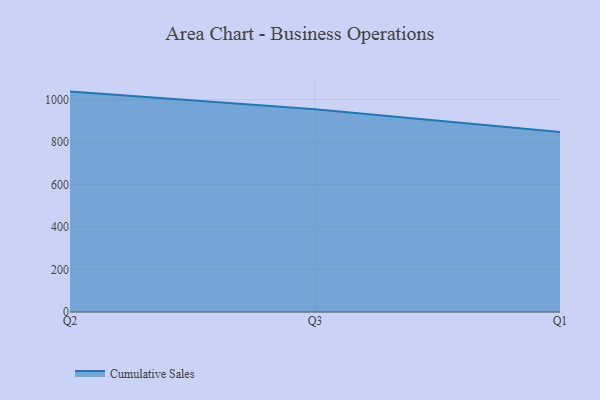
{"axis": {"x": "Quarter", "y": "Temperature (°C)"}, "legend": ["Cumulative Sales"], "data": [{"x": "Q2", "y": 1037.5, "type": "Cumulative Sales"}, {"x": "Q3", "y": 954.8, "type": "Cumulative Sales"}, {"x": "Q1", "y": 847.4, "type": "Cumulative Sales"}]}